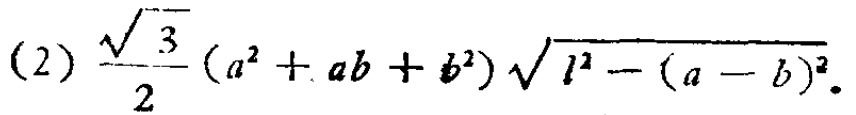
(2) \(\frac{\sqrt{3}}{2}(a^{2}+ab + b^{2})\sqrt{l^{2}-(a - b)^{2}}\)